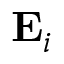
\mathbf { E } _ { i }